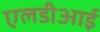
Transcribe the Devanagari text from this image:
एलडीआई